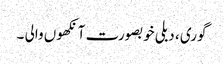
گوری ، دبلی خوبصورت آنکھوں والی ۔